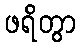
ဖရိတွာ